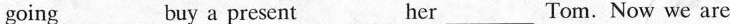
going ___ buy a present ___ her ___ Tom. Now we are